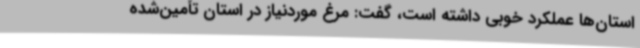
استان‌ها عملکرد خوبی داشته است، گفت: مرغ موردنیاز در استان تأمین‌شده